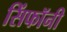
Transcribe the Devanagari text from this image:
सिंफॉनी